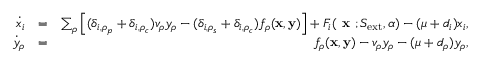
\begin{array} { r l r } { \dot { x } _ { i } } & { = } & { \sum _ { \rho } \left[ ( \delta _ { i , \rho _ { p } } + \delta _ { i , \rho _ { c } } ) v _ { \rho } y _ { \rho } - ( \delta _ { i , \rho _ { s } } + \delta _ { i , \rho _ { c } } ) f _ { \rho } ( { \bf x } , { \bf y } ) \right] + F _ { i } ( \textbf { x } ; S _ { \mathrm { e x t } } , \alpha ) - ( \mu + d _ { i } ) x _ { i } , } \\ { \dot { y } _ { \rho } } & { = } & { f _ { \rho } ( { \bf x } , { \bf y } ) - v _ { \rho } y _ { \rho } - ( \mu + d _ { \rho } ) y _ { \rho } , } \end{array}